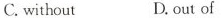
C.without D.out of